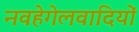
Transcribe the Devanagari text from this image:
नवहेगेलवादियों